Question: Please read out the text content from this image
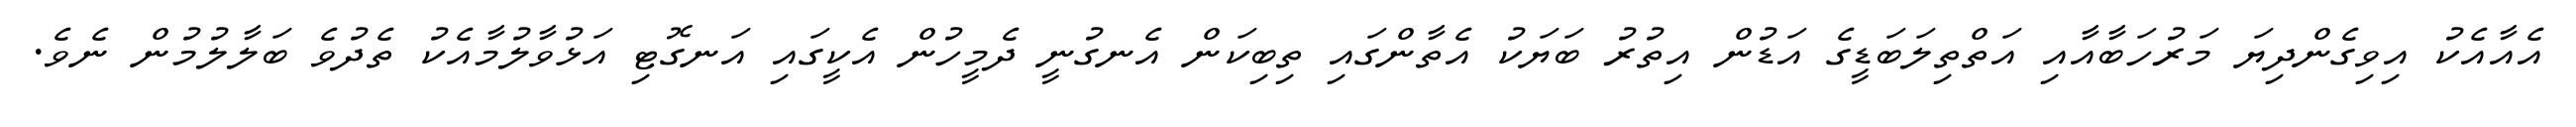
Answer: އެއާއެކު އިވިގެންދިޔަ މަރުހަބާއާއި އަތްތިލަބަޑީގެ އަޑުން އިތުރު ބަޔަކު އެތާންގައި ތިބިކަން އެނގުނީ ދެމީހުން އެކީގައި އަނގޮޓި އަޅުވާލުމާއެކު ތެދުވެ ބަލާލުމުން ނެވެ.